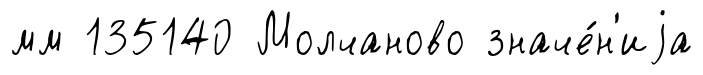
мм 135140 Молчаново значе́н'иjа